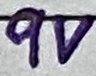
Text: 9V